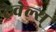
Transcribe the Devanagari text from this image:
ट्रेवेल्स्